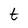
Character: t